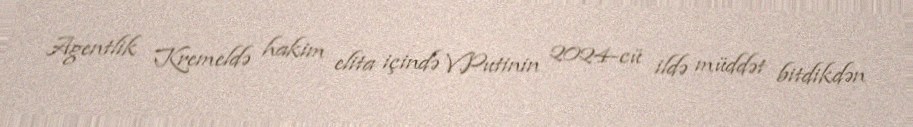
Agentlik Kremeldə hakim elita içində V.Putinin 2024-cü ildə müddət bitdikdən